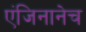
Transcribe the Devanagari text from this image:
एंजिनानेच